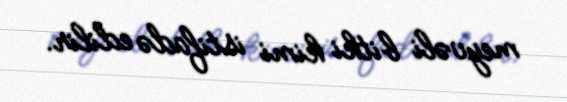
meyvəli bitki kimi istifadə edilir.